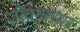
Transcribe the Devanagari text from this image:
जीवनाधार